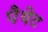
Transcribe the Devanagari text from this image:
पैथेट